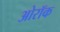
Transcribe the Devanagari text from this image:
ओरॉक